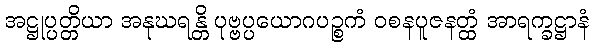
အဋ္ဌုပ္ပတ္တိယာ အနုဃရန္တိ ပုဗ္ဗပ္ပယောဂပဉ္စကံ ဝစနပူဇနတ္ထံ အာရက္ခဋ္ဌာနံ